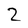
Character: 2